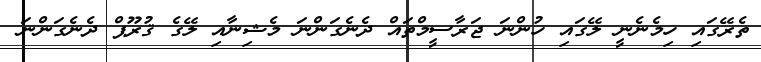
ތެރޭގައި ހިމެނެނީ ލޭގައި ހުންނަ ޖަރާސީމްތައް ދެނެގަންނަ މެޝިނާއި ލޭގެ ޤުރޫޕް ދެނެގަންނަ